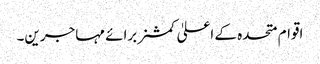
اقوام متحدہ کے اعلیٰ کمشنر برائے مہاجرین۔